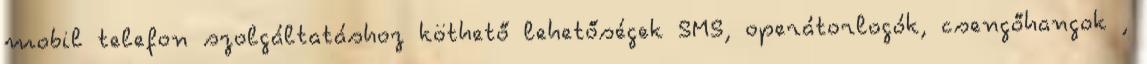
mobil telefon szolgáltatáshoz köthető lehetőségek SMS, operátorlogók, csengőhangok ,